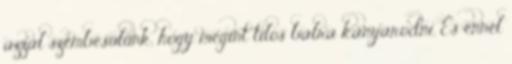
azzal szembesülünk, hogy megint tilos balra kanyarodni. És ennél